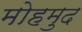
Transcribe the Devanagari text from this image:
मोहमुद